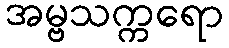
အမ္ဗသက္ကရော